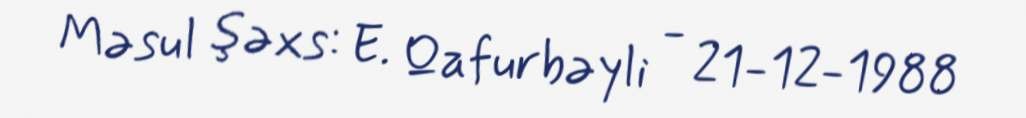
Məsul şəxs: E. Qafurbəyli - 21-12-1988